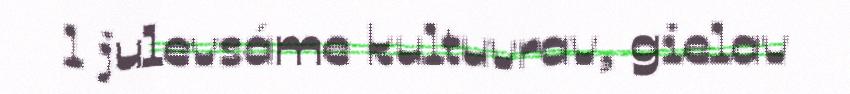
l julevsáme kultuvrav, gielav